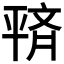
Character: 𫷙